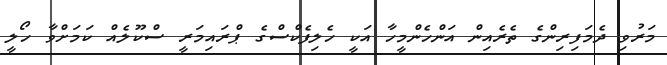
މަރުވި ދެމަފިރިންގެ ތެރެއިން އަންހެންމީހާ އަކީ ހެލިފެކްސްގެ ޕްރައިމަރީ ސްކޫލެއް ކަމަށްވާ ހޯލީ